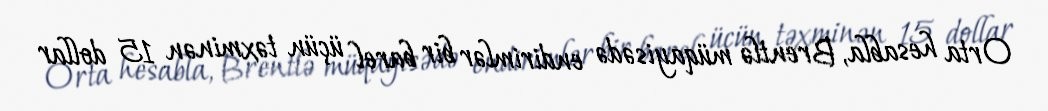
Orta hesabla, Brentlə müqayisədə endirimlər bir barel üçün təxminən 15 dollar